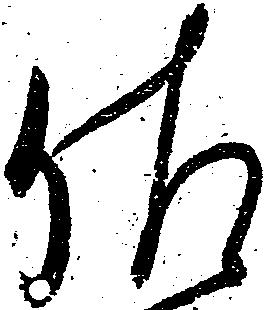
佐